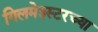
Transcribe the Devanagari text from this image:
गिलमेइस्टरच्या